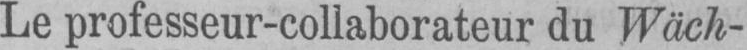
Le professeur-collaborateur du Wäch-